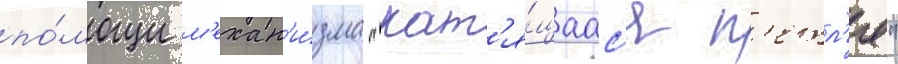
по́мощи м'ехан'и́зма "кат'я́щаас'я п'етл'я"